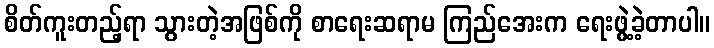
စိတ်ကူးတည့်ရာ သွားတဲ့အဖြစ်ကို စာရေးဆရာမ ကြည်အေးက ရေးဖွဲ့ခဲ့တာပါ။